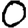
Digit: 0